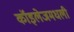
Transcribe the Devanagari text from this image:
कॉइलेजमधली